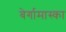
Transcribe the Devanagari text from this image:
बेर्गामास्का